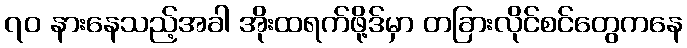
၇၀ နားနေသည့်အခါ အိုးထရက်ဖို့ဒ်မှာ တခြားလိုင်စင်တွေကနေ